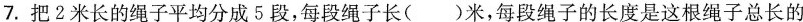
7.把2米长的绳子平均分成5段，每段绳子长( )米，每段绳子的长度是这根绳子总长的